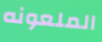
الملعونه